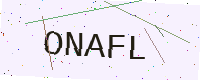
Text: ONAFL